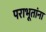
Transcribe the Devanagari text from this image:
पराभूतांना